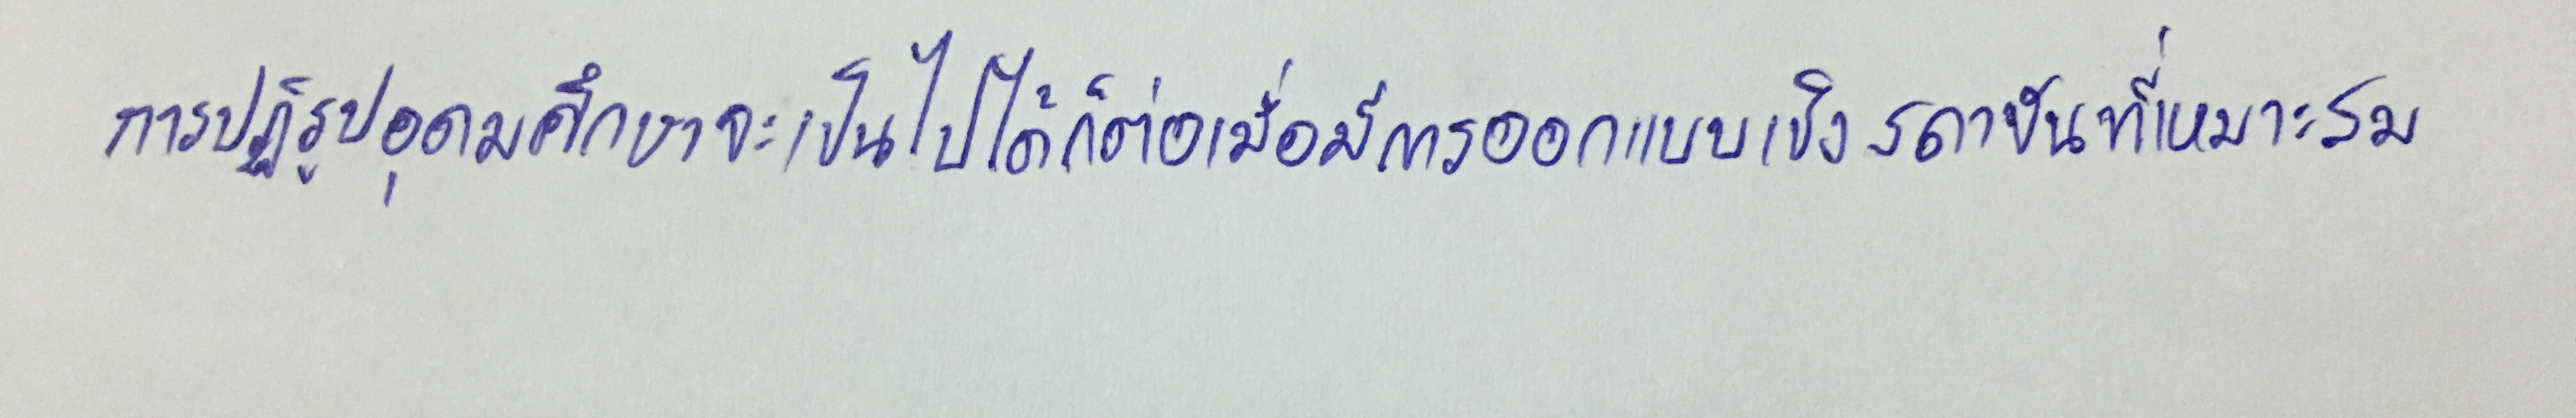
การปฏิรูปอุดมศึกษาจะเป็นไปได้ก็ต่อเมื่อมีการออกแบบเชิงสถาบันที่เหมาะสม